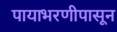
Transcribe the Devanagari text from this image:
पायाभरणीपासून